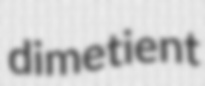
dimetient